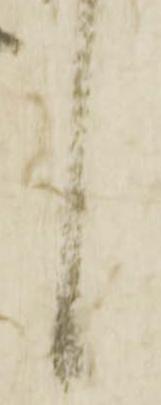
言